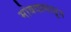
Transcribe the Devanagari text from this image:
मोबदल्यातून